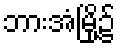
ဘားအံမြို့၌